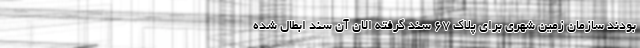
بودند سازمان زمین شهری برای پلاک ۶۷ سند گرفته الان آن سند ابطال شده